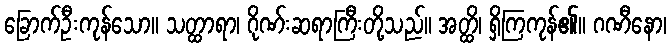
ခြောက်ဦးကုန်သော။ သတ္ထာရာ၊ ဂိုဏ်းဆရာကြီးတို့သည်။ အတ္ထိ၊ ရှိကြကုန်၏။ ဂဏီနော၊